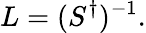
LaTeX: L=(S^{\dagger})^{-1}.